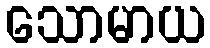
သောမာယ